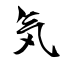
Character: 気